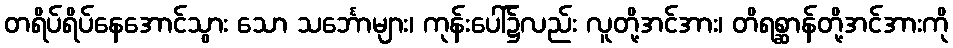
တရိပ်ရိပ်နေအောင်သွား သော သင်္ဘောများ၊ ကုန်းပေါ်၌လည်း လူတို့အင်အား၊ တိရစ္ဆာန်တို့အင်အားကို